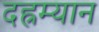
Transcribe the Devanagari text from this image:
दह्रम्यान